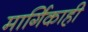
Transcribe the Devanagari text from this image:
मार्गिकाही